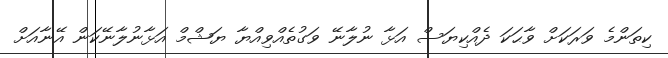
ކިތަންމެ ވަރަކަށް ވާޙަކަ ދެއްކިޔަސް އަޅާ ނުލާނޭ ވަގުތެއްވިއްޔާ ޔަޝްމް އަޅާނުލާނޭކަން އޭނާއަށް